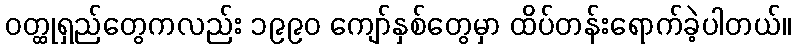
ဝတ္ထုရှည်တွေကလည်း ၁၉၉၀ ကျော်နှစ်တွေမှာ ထိပ်တန်းရောက်ခဲ့ပါတယ်။